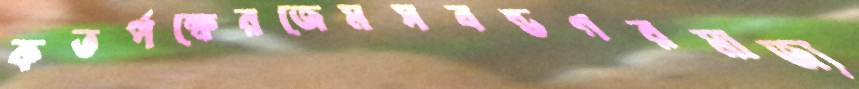
কতর্পক্ষেরজেমসবন্ডগরমাজ্য